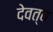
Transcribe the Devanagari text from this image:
देवत्‍व